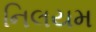
નિલયમ